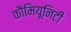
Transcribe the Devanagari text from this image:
कौमियूनिटी